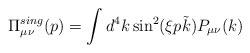
\begin{align*}\Pi_{\mu \nu}^{sing}(p)= \int d^4k \sin^2(\xi p \tilde{k})P_{\mu \nu}(k) \end{align*}